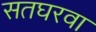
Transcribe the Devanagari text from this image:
सतघरवा